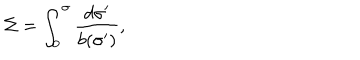
\Sigma = \int _ { 0 } ^ { \sigma } \frac { d \sigma ^ { \prime } } { b ( \sigma ^ { \prime } ) } ,